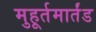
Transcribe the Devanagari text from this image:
मुहूर्तमार्तंड